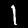
Digit: 1